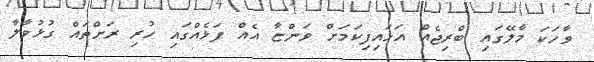
ވާހަކަ މާލޭގައި ބްރިޖެއް އަޅައިފިކަމަށް ވަންޏާ އެއް ފަޅެއްގައި ހުރި ރަށްތައް ގުޅުވާލާ